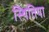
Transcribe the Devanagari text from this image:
स्थितिया